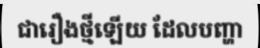
ជារឿងថ្មីឡើយ ដែលបញ្ហា